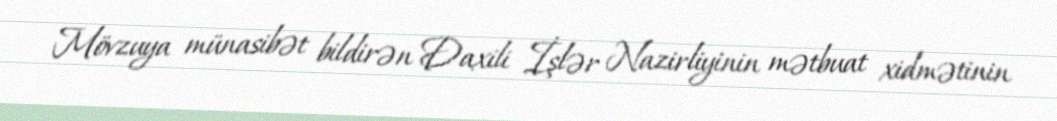
Mövzuya münasibət bildirən Daxili İşlər Nazirliyinin mətbuat xidmətinin